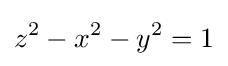
z^{2}-x^{2}-y^{2}=1